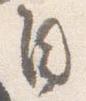
自